Triennial report on the lunatic asylums in the province of Eastern Bengal and Assam - 1903-1911
Year: 1903
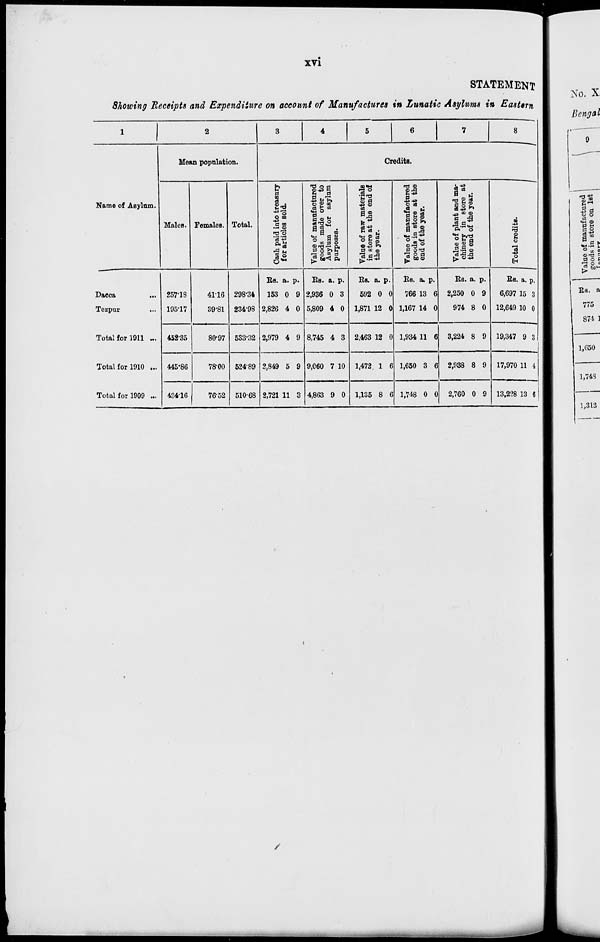
xvi
STATEMENT
Showing Receipts and Expenditure on account of Manufactures in Lunatic Asylums in Eastern
1
Name of Asylum.
Dacca
...
Tezpur ...
Total for 1911 ...
Total for 1910 ...
Total for 1909 ...
2
Mean population.
Males.
257.18
195.17
452.35
445.86
434.16
Females.
41.16
39.81
80.97
78.00
76.52
Total.
298.34
234.98
533.32
524.89
510.68
3
4
5
6
7
8
Credits.
Cash paid into treasury
for articles sold.
Rs.
153
2,826
2,979
2,849
2,721
a.
0
4
4
5
11
p.
9
0
9
9
3
Value of manufactured
goods made over to
Asylum for asylum
purposes.
Rs.
2,936
5,809
8,745
9,060
4,863
a.
0
4
4
7
9
p.
3
0
3
10
0
Value of raw materials
in store at the end of
the year.
Rs.
592
1,871
2,463
1,472
1,135
a.
0
12
12
1
8
p.
0
0
0
6
6
Value of manufactured
goods in store at the
end of the year.
Rs.
766
1,167
1,934
1,650
1,748
a.
13
14
11
3
0
p.
6
0
6
6
0
Value of plant and ma-
chinery in store at
the end of the year.
Rs.
2,250
974
3,224
2,938
2,760
a.
0
8
8
8
0
p.
9
0
9
9
9
Total credits.
Rs.
6,697
12,649
19,347
17,970
13,228
a.
15
10
9
11
13
p.
3
0
3
4
6